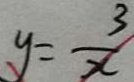
y = \frac { 3 } { x }